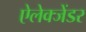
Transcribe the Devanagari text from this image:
ऐलेक्जेंडर